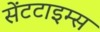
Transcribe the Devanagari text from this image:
सेंटटाइम्स